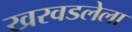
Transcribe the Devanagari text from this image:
खरवडलेला